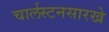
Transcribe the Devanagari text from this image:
चार्लस्टनसारखे